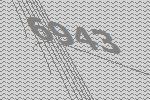
6943